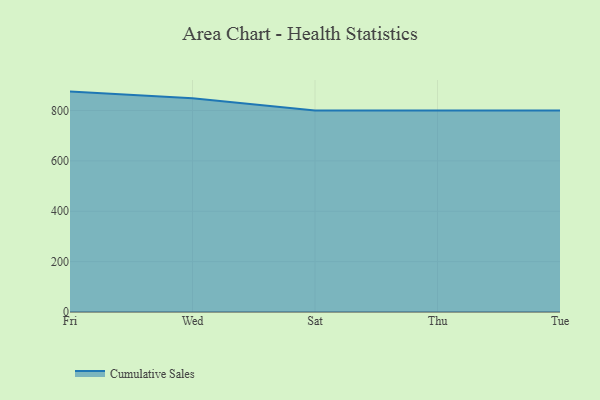
{"axis": {"x": "Day", "y": "Net Income (USD K)"}, "legend": ["Cumulative Sales"], "data": [{"x": "Fri", "y": 875.0, "type": "Cumulative Sales"}, {"x": "Wed", "y": 848.7, "type": "Cumulative Sales"}, {"x": "Sat", "y": 800, "type": "Cumulative Sales"}, {"x": "Thu", "y": 800, "type": "Cumulative Sales"}, {"x": "Tue", "y": 800, "type": "Cumulative Sales"}]}